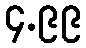
၄.၉၉